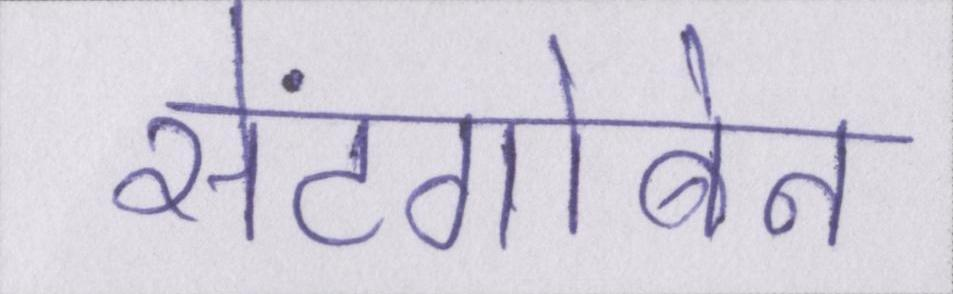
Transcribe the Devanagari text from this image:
सेंटगोबेन